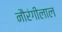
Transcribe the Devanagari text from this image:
नौरंगीलाल